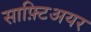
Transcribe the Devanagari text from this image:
साफ़्टिअयर